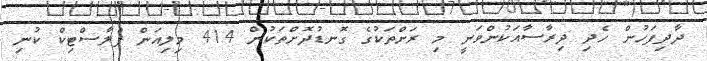
ދާދިފަހުން ހެދި ދިރާސާއަކުންވަނީ މި ރަށްތަކުގެ ގޮނޑުދޮށްތަކުން 414 މިލިއަން ޕްލާސްޓިކް ކުނި